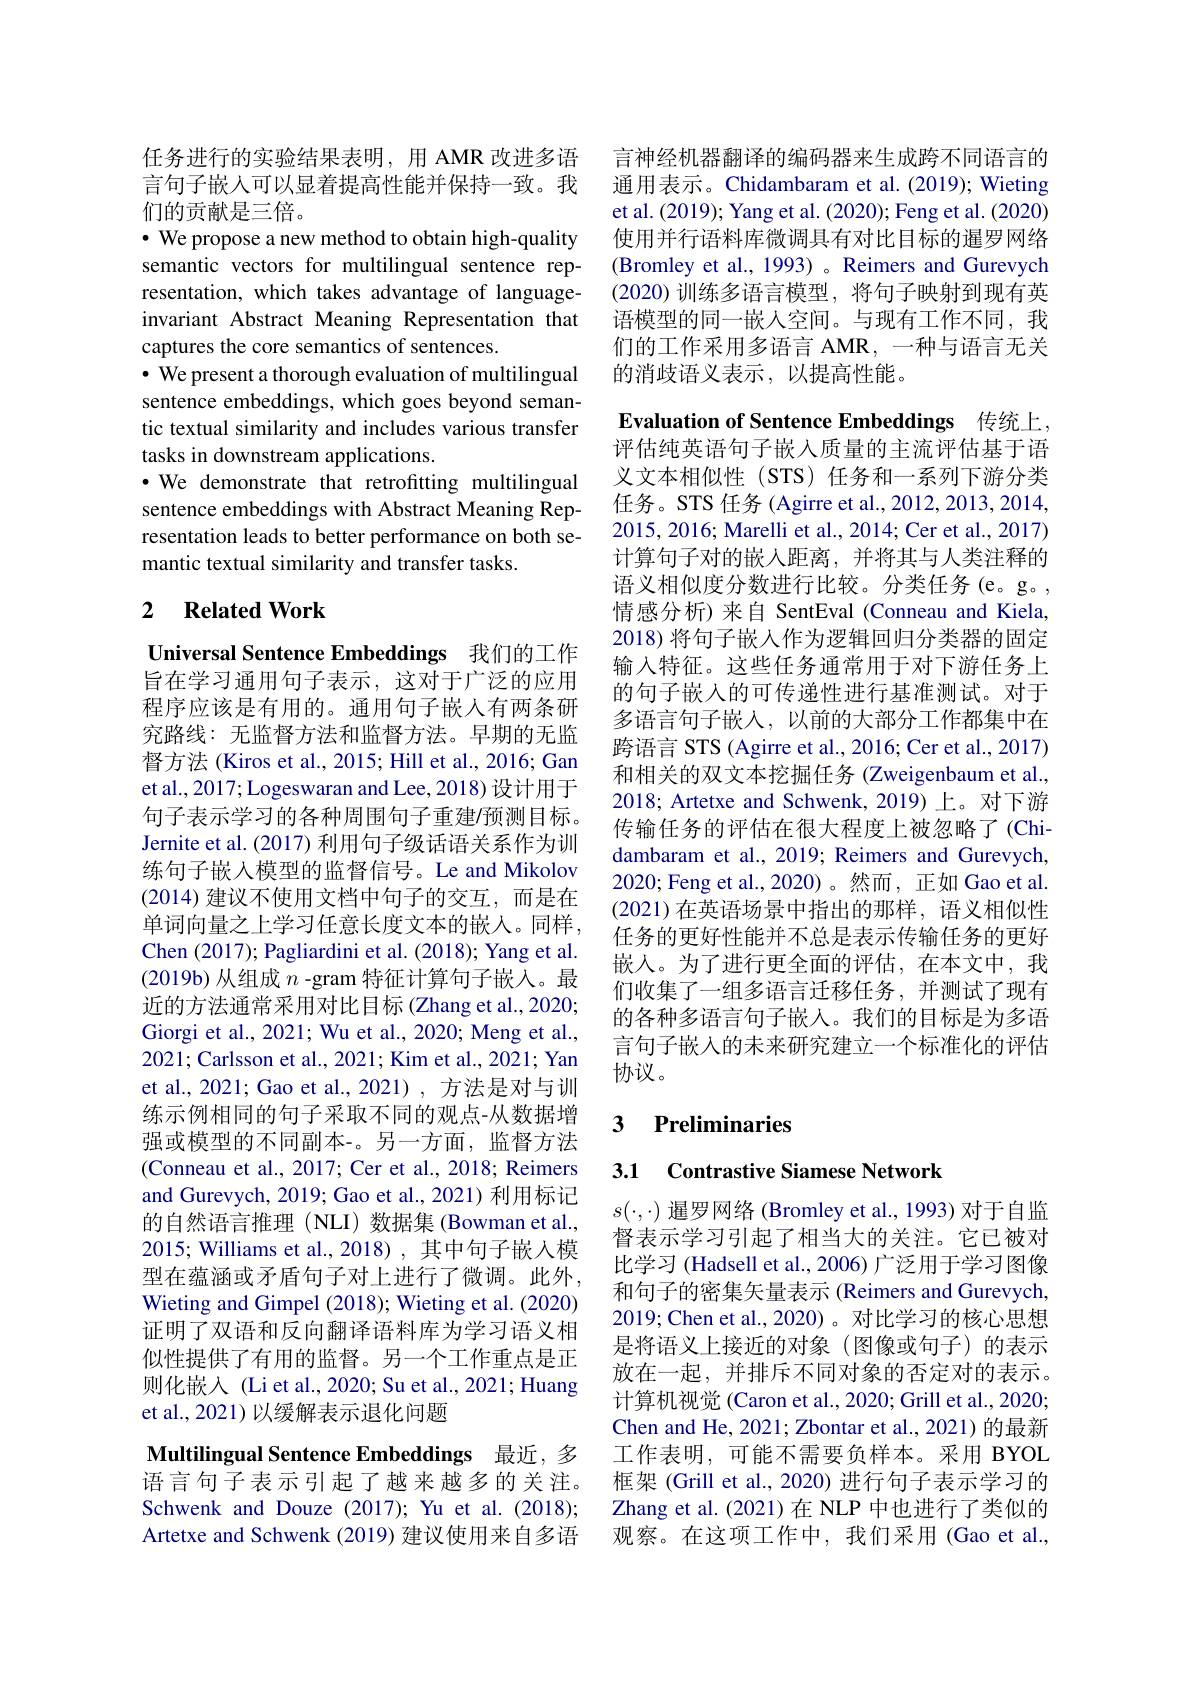
任务进行的实验结果表明，用 AMR 改进多语言句子嵌入可以显着提高性能并保持一致。我们的贡献是三倍。
$\bullet$ We propose a new method to obtain high-quality semantic vectors for multilingual sentence representation, which takes advantage of languageinvariant Abstract Meaning Representation that captures the core semantics of sentences.
$\cdot$ We present a thorough evaluation of multilingual sentence embeddings, which goes beyond semantic textual similarity and includes various transfer tasks in downstream applications.
·We demonstrate that retrofitting multilingual sentence embeddings with Abstract Meaning Representation leads to better performance on both semantic textual similarity and transfer tasks.

## 2 $\textbf{Related Work}$

Universal Sentence Embeddings 我们的工作旨在学习通用句子表示，这对于广泛的应用程序应该是有用的。通用句子嵌入有两条研究路线：无监督方法和监督方法。早期的无监督方法 (Kiros et al., 2015; Hill et al., 2016; Gan et al., 2017; Logeswaran and Lee, 2018) 设计用于句子表示学习的各种周围句子重建/预测目标。Jernite et al. (2017) 利用句子级话语关系作为训练句子嵌入模型的监督信号。Le and Mikolow (2014)建议不使用文档中句子的交互，而是在单词向量之上学习任意长度文本的嵌入。同样， Chen (2017); Pagliardini et al. (2018); Yang et al. $(2019b)$从组成$n$ -gram 特征计算句子嵌人。最近的方法通常采用对比目标(Zhang et al., 2020; Giorgi et al., 2021; Wu et al., 2020; Meng et al., 2021; Carlsson et al., 2021; Kim et al., 2021; Yan et al., 2021; Gao et al., 2021), 方法是对与训练示例相同的句子采取不同的观点-从数据增强或模型的不同副本-。另一方面，监督方法(Conneau et al., 2017; Cer et al., 2018; Reimers and Gurevych, 2019; Gao et al., 2021) 利用标记的自然语言推理(NLI)数据集(Bowman et al., 2015; Williams et al., 2018), 其中句子嵌入模型在蕴涵或矛盾句子对上进行了微调。此外， Wieting and Gimpel (2018); Wieting et al. (2020) 证明了双语和反向翻译语料库为学习语义相似性提供了有用的监督。另一个工作重点是正则化嵌入 (Li et al., 2020; Su et al., 2021; Huang et al.,2021)以缓解表示退化问题
Multilingual Sentence Embeddings 最近，多

语言句子表示引起了越来越多的关注。Schwenk and Douze (2017); Yu et al. (2018); Artetxe and Schwenk (2019) 建议使用来自多语

言神经机器翻译的编码器来生成跨不同语言的通用表示。Chidambaram et al.(2019); Wieting et al. (2019); Yang et al. (2020); Feng et al. (2020) 使用并行语料库微调具有对比目标的暹罗网络(Bromley et al., 1993) 。Reimers and Gurevych (2020)训练多语言模型，将句子映射到现有英语模型的同一嵌人空间。与现有工作不同，我们的工作采用多语言 AMR, 一种与语言无关的消歧语义表示，以提高性能。

Evaluation of Sentence Embeddings 传统上， 评估纯英语句子嵌入质量的主流评估基于语

义文本相似性(STS) 任务和一系列下游分类任务。STS 任务 (Agirre et al., 2012, 2013, 2014, 2015,2016; Marelli et al., 2014; Cer et al., 2017) 计算句子对的嵌入距离，并将其与人类注释的语义相似度分数进行比较。分类任务(e。g。, 情感分析)来自 SentEval (Conneau and Kiela, 2018) 将句子嵌人作为逻辑回归分类器的固定输入特征。这些任务通常用于对下游任务上的句子嵌人的可传递性进行基准测试。对于多语言句子嵌人，以前的大部分工作都集中在跨语言 STS (Agirre et al., 2016; Cer et al., 2017) 和相关的双文本挖掘任务 (Zweigenbaum et al., 2018; Artetxe and Schwenk, 2019) 上。对下游传输任务的评估在很大程度上被忽略了(Chidambaram et al.,2019; Reimers and Gurevych, 2020; Feng et al.,2020)。然而，正如 Gao et al. (2021)在英语场景中指出的那样，语义相似性任务的更好性能并不总是表示传输任务的更好嵌入。为了进行更全面的评估，在本文中，我们收集了一组多语言迁移任务，并测试了现有的各种多语言句子嵌人。我们的目标是为多语言句子嵌入的未来研究建立一个标准化的评估协议。

## 3 Preliminaries

3.1 Contrastive Siamese Network

$s(\cdot,\cdot)$暹罗网络 (Bromley et al., 1993) 对于自监督表示学习引起了相当大的关注。它已被对比学习 (Hadsell et al., 2006) 广泛用于学习图像和句子的密集矢量表示 (Reimers and Gurevych, 2019; Chen et al., 2020) 。对比学习的核心思想是将语义上接近的对象(图像或句子)的表示放在一起，并排斥不同对象的否定对的表示。计算机视觉(Caron et al., 2020; Grill et al., 2020; Chen and He, 2021; Zbontar et al., 2021) 的最新工作表明，可能不需要负样本。采用 BYOL 框架 (Grill et al., 2020) 进行句子表示学习的Zhang et al.(2021)在 NLP 中也进行了类似的观察。在这项工作中，我们采用(Gao et al.